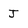
Character: J